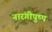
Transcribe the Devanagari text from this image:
नारंगीपुष्प